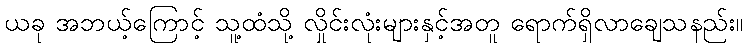
ယခု အဘယ့်ကြောင့် သူ့ထံသို့ လှိုင်းလုံးများနှင့်အတူ ရောက်ရှိလာချေသနည်း။